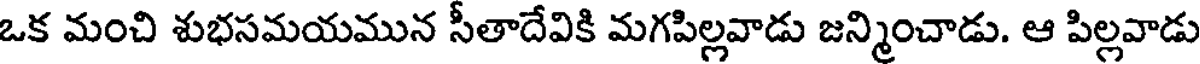
ఒక మంచి శుభసమయమున సీతాదేవికి మగపిల్లవాడు జన్మించాడు. ఆ పిల్లవాడు